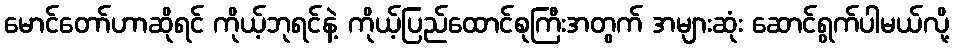
မောင်တော်ဟာဆိုရင် ကိုယ့်ဘုရင်နဲ့ ကိုယ့်ပြည်ထောင်စုကြီးအတွက် အများဆုံး ဆောင်ရွက်ပါမယ်လို့